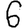
Digit: 6